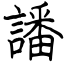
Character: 譒